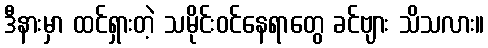
ဒီနားမှာ ထင်ရှားတဲ့ သမိုင်းဝင်နေရာတွေ ခင်ဗျား သိသလား။